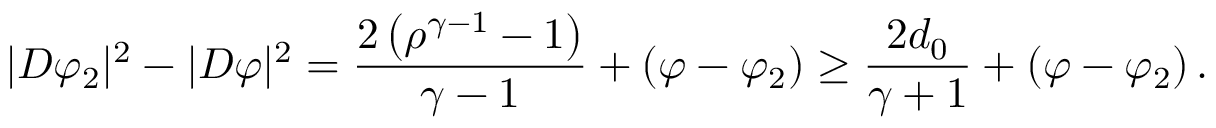
| D \varphi _ { 2 } | ^ { 2 } - | D \varphi | ^ { 2 } = \frac { 2 \left( \rho ^ { \gamma - 1 } - 1 \right) } { \gamma - 1 } + ( \varphi - \varphi _ { 2 } ) \geq \frac { 2 d _ { 0 } } { \gamma + 1 } + ( \varphi - \varphi _ { 2 } ) \, .